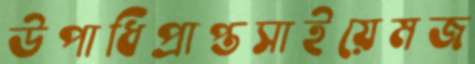
উপাধিপ্রাপ্তসাইয়েমজ